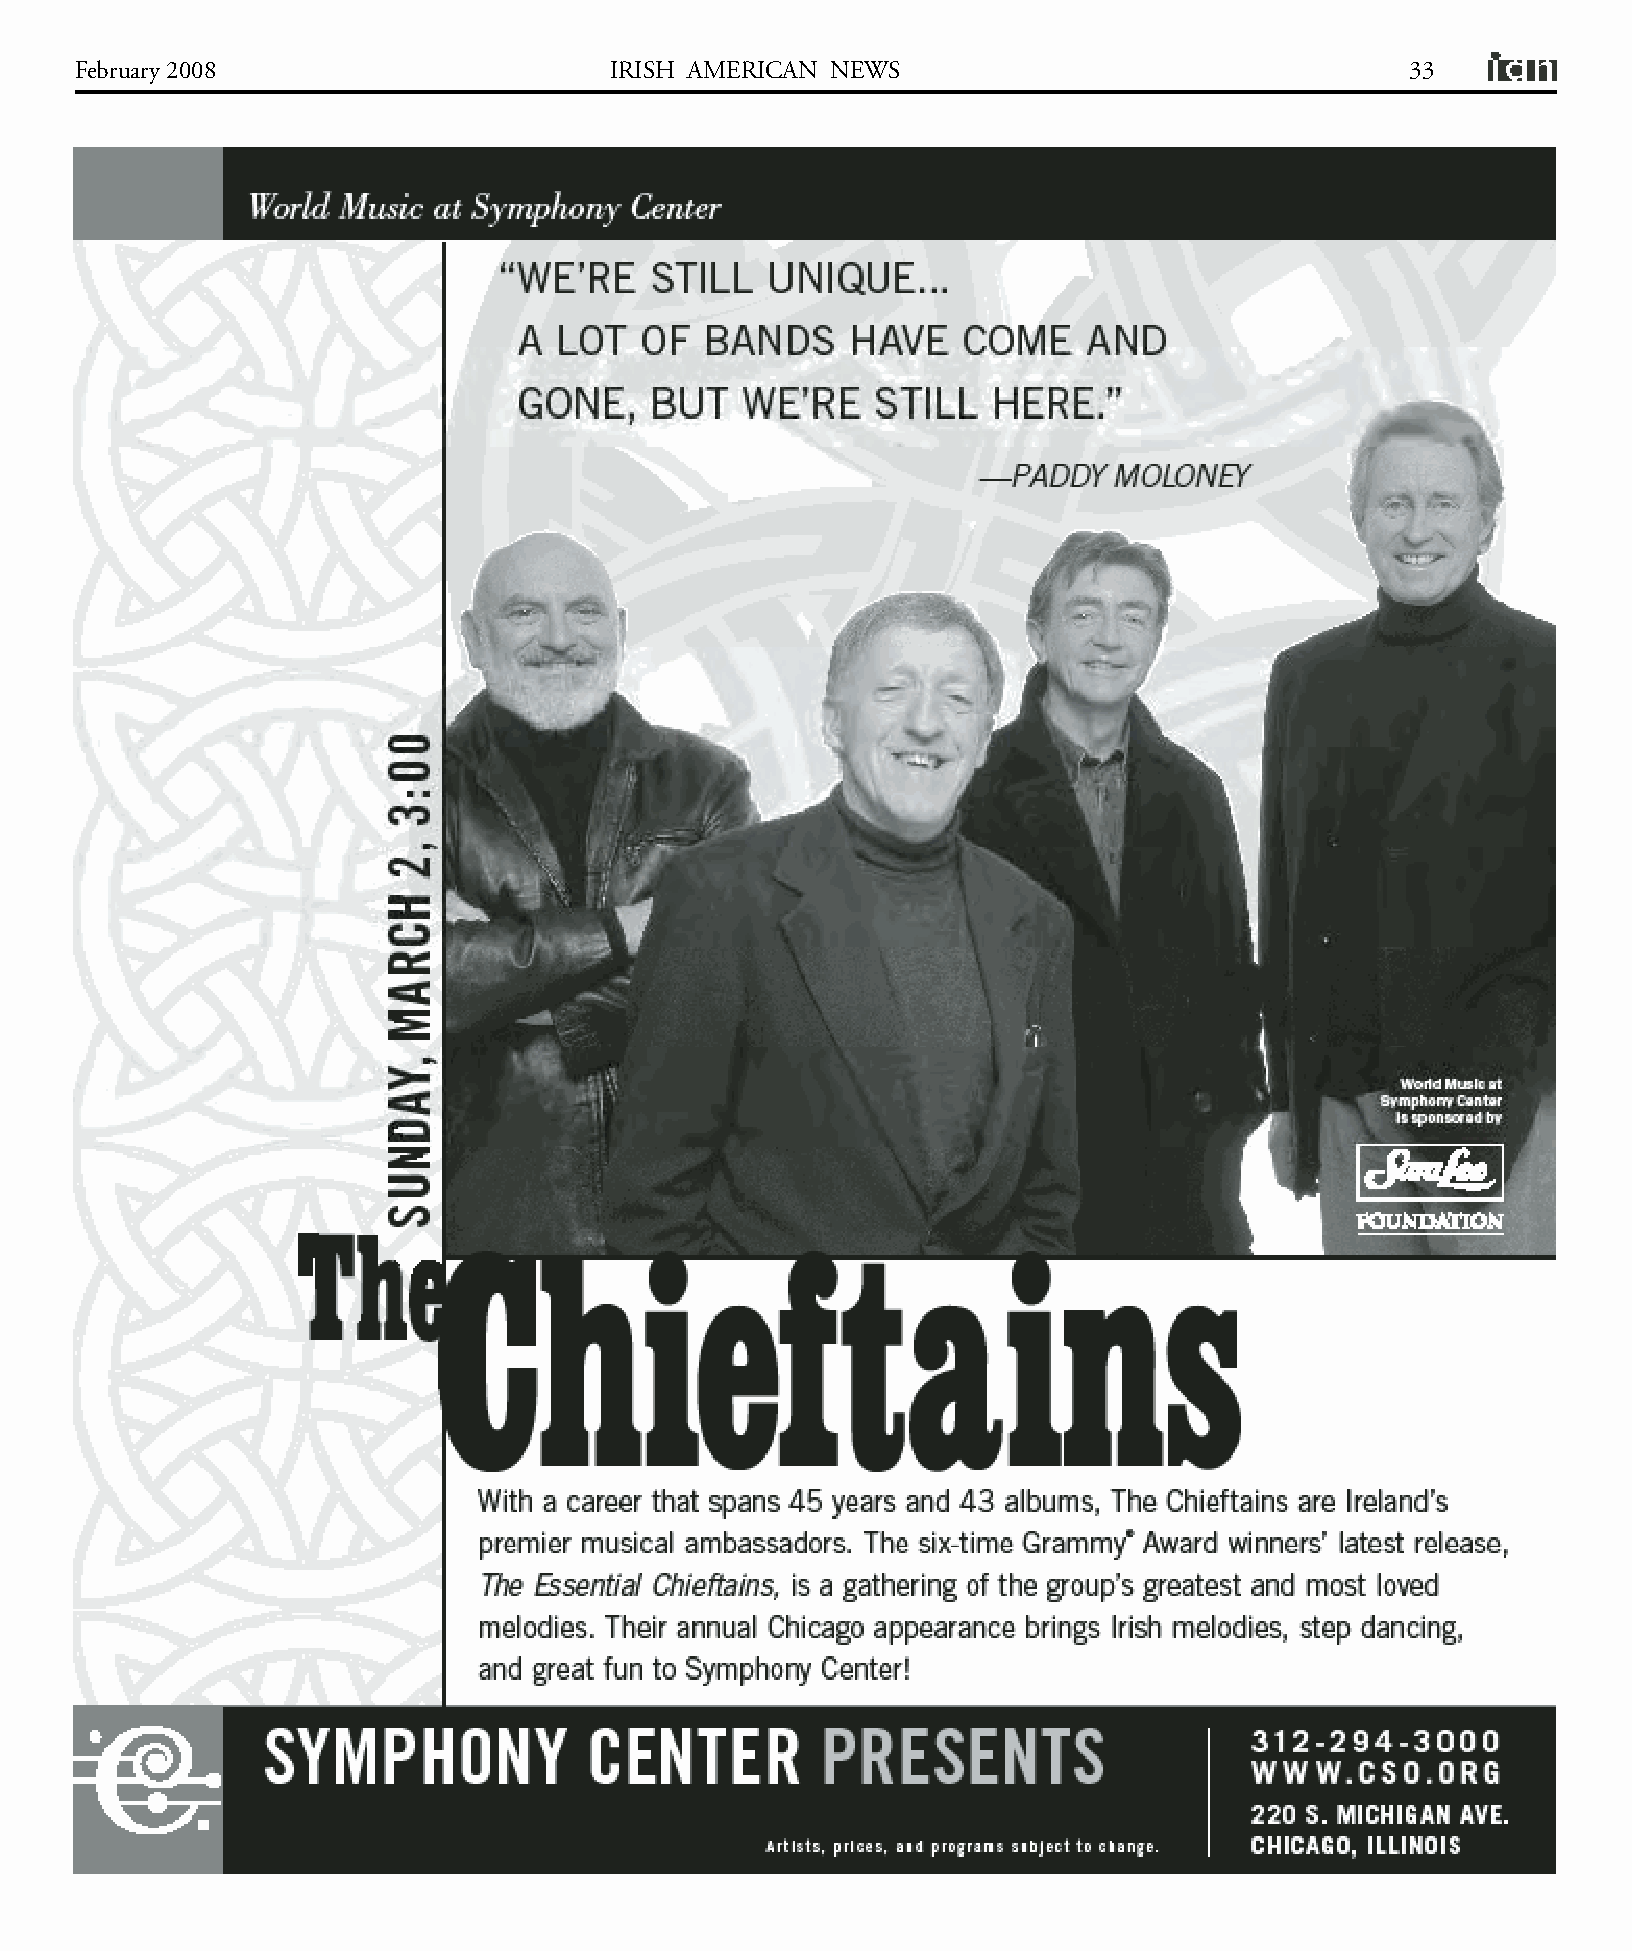
February 2008                      IRISH AMERICAN NEWS                                  33